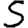
Digit: 5